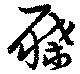
屧